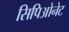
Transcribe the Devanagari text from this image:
सिपिओनेट